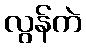
လွန်ကဲ